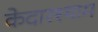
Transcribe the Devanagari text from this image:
केदारश्याम